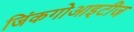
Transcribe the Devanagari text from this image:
जिंकगोआइटीज